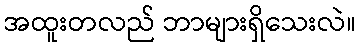
အထူးတလည် ဘာများရှိသေးလဲ။